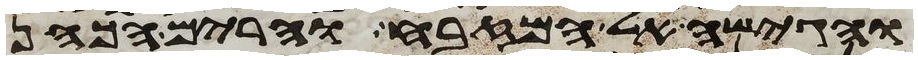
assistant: והגישה אל המזבח והרים הכהן